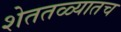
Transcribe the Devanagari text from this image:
शेततळ्यातच